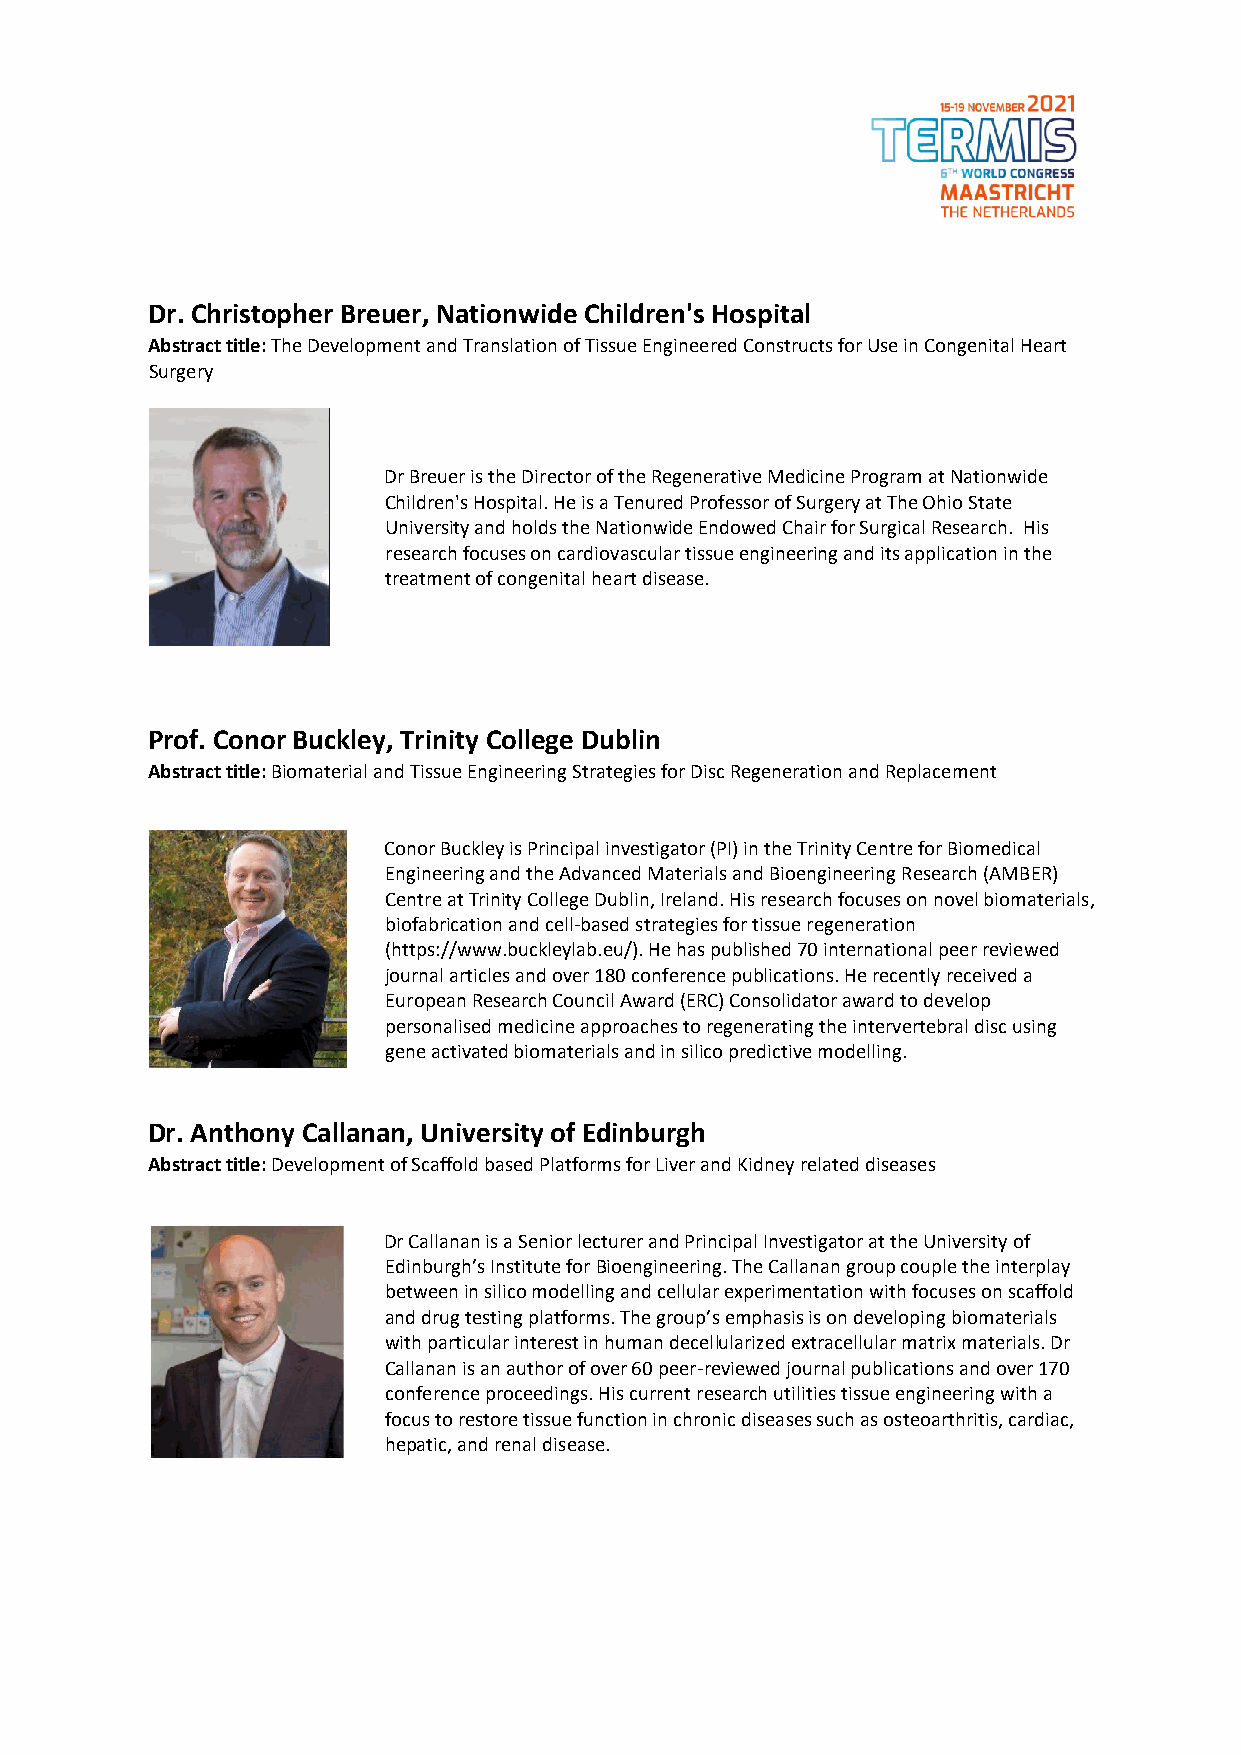
Dr. Christopher Breuer, Nationwide Children's Hospital
 Abstract title: The Development and Translation of Tissue Engineered Constructs for Use in Congenital Heart
 Surgery
 Dr Breuer is the Director of the Regenerative Medicine Program at Nationwide
 Children's Hospital. He is a Tenured Professor of Surgery at The Ohio State
 University and holds the Nationwide Endowed Chair for Surgical Research. His
 research focuses on cardiovascular tissue engineering and its application in the
 treatment of congenital heart disease.
 Prof. Conor Buckley, Trinity College Dublin
 Abstract title: Biomaterial and Tissue Engineering Strategies for Disc Regeneration and Replacement
 Conor Buckley is Principal investigator (PI) in the Trinity Centre for Biomedical
 Engineering and the Advanced Materials and Bioengineering Research (AMBER)
 Centre at Trinity College Dublin, Ireland. His research focuses on novel biomaterials,
 biofabrication and cell-based strategies for tissue regeneration
 (https://www.buckleylab.eu/). He has published 70 international peer reviewed
 journal articles and over 180 conference publications. He recently received a
 European Research Council Award (ERC) Consolidator award to develop
 personalised medicine approaches to regenerating the intervertebral disc using
 gene activated biomaterials and in silico predictive modelling.
 Dr. Anthony Callanan, University of Edinburgh
 Abstract title: Development of Scaffold based Platforms for Liver and Kidney related diseases
 Dr Callanan is a Senior lecturer and Principal Investigator at the University of
 Edinburgh’s Institute for Bioengineering. The Callanan group couple the interplay
 between in silico modelling and cellular experimentation with focuses on scaffold
 and drug testing platforms. The group’s emphasis is on developing biomaterials
 with particular interest in human decellularized extracellular matrix materials. Dr
 Callanan is an author of over 60 peer-reviewed journal publications and over 170
 conference proceedings. His current research utilities tissue engineering with a
 focus to restore tissue function in chronic diseases such as osteoarthritis, cardiac,
 hepatic, and renal disease.